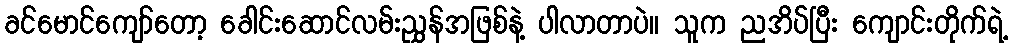
ခင်မောင်ကျော်တော့ ခေါင်းဆောင်လမ်းညွှန်အဖြစ်နဲ့ ပါလာတာပဲ။ သူက ညအိပ်ပြီး ကျောင်းတိုက်ရဲ့